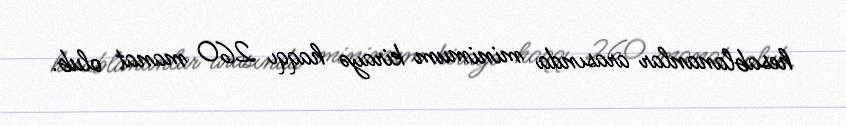
hesablananlar arasında minimum kirayə haqqı 260 manat olub.